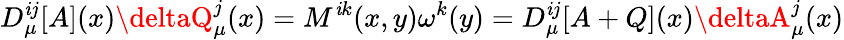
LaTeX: D_{\mu}^{\mathit{i}j}[A](x)\deltaQ_{\mu}^{j}(x)=M^{\mathit{i}k}(x,y)\omega^{k}(y)=D_{\mu}^{\mathit{i}j}[A+Q](x)\deltaA_{\mu}^{j}(x)